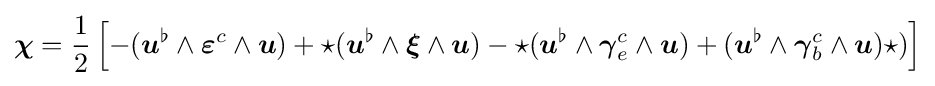
{\boldsymbol {\chi }}={\frac {1}{2}}\left[-({\boldsymbol {u}}^{\flat }\wedge {\boldsymbol {\varepsilon }}^{c}\wedge {\boldsymbol {u}})+\star ({\boldsymbol {u}}^{\flat }\wedge {\boldsymbol {\xi }}\wedge {\boldsymbol {u}})-\star ({\boldsymbol {u}}^{\flat }\wedge {\boldsymbol {\gamma }}_{e}^{c}\wedge {\boldsymbol {u}})+({\boldsymbol {u}}^{\flat }\wedge {\boldsymbol {\gamma }}_{b}^{c}\wedge {\boldsymbol {u}})\star )\right]